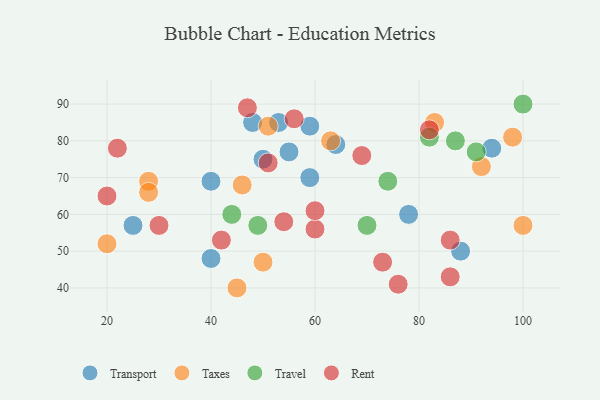
{"axis": {"x": "GDP", "y": "Life Expectancy"}, "legend": ["Rent", "Taxes", "Transport", "Travel"], "data": [{"x": "50", "y": 75, "type": "Transport"}, {"x": "59", "y": 84, "type": "Transport"}, {"x": "25", "y": 57, "type": "Transport"}, {"x": "64", "y": 79, "type": "Transport"}, {"x": "88", "y": 50, "type": "Transport"}, {"x": "40", "y": 69, "type": "Transport"}, {"x": "48", "y": 85, "type": "Transport"}, {"x": "94", "y": 78, "type": "Transport"}, {"x": "59", "y": 70, "type": "Transport"}, {"x": "78", "y": 60, "type": "Transport"}, {"x": "40", "y": 48, "type": "Transport"}, {"x": "53", "y": 85, "type": "Transport"}, {"x": "55", "y": 77, "type": "Transport"}, {"x": "83", "y": 85, "type": "Taxes"}, {"x": "46", "y": 68, "type": "Taxes"}, {"x": "92", "y": 73, "type": "Taxes"}, {"x": "20", "y": 52, "type": "Taxes"}, {"x": "63", "y": 80, "type": "Taxes"}, {"x": "100", "y": 57, "type": "Taxes"}, {"x": "51", "y": 84, "type": "Taxes"}, {"x": "98", "y": 81, "type": "Taxes"}, {"x": "50", "y": 47, "type": "Taxes"}, {"x": "45", "y": 40, "type": "Taxes"}, {"x": "28", "y": 69, "type": "Taxes"}, {"x": "28", "y": 66, "type": "Taxes"}, {"x": "82", "y": 81, "type": "Travel"}, {"x": "44", "y": 60, "type": "Travel"}, {"x": "91", "y": 77, "type": "Travel"}, {"x": "70", "y": 57, "type": "Travel"}, {"x": "49", "y": 57, "type": "Travel"}, {"x": "87", "y": 80, "type": "Travel"}, {"x": "74", "y": 69, "type": "Travel"}, {"x": "100", "y": 90, "type": "Travel"}, {"x": "82", "y": 83, "type": "Rent"}, {"x": "56", "y": 86, "type": "Rent"}, {"x": "51", "y": 74, "type": "Rent"}, {"x": "42", "y": 53, "type": "Rent"}, {"x": "76", "y": 41, "type": "Rent"}, {"x": "30", "y": 57, "type": "Rent"}, {"x": "86", "y": 53, "type": "Rent"}, {"x": "69", "y": 76, "type": "Rent"}, {"x": "60", "y": 56, "type": "Rent"}, {"x": "47", "y": 89, "type": "Rent"}, {"x": "60", "y": 61, "type": "Rent"}, {"x": "73", "y": 47, "type": "Rent"}, {"x": "22", "y": 78, "type": "Rent"}, {"x": "20", "y": 65, "type": "Rent"}, {"x": "86", "y": 43, "type": "Rent"}, {"x": "54", "y": 58, "type": "Rent"}]}